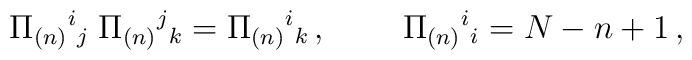
\Pi_{(n)}{}^i{}_j \; \Pi_{(n)}{}^j{}_k= \Pi_{(n)}{}^i{}_k\,, \;\;\;\;\;\;\;\;  \Pi_{(n)}{}^i{}_i = N-n + 1\,,